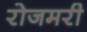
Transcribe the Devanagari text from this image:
रोजमरी